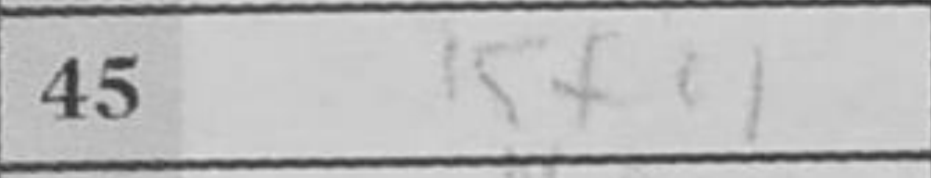
Transcription: Kf4